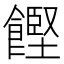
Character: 𮩌